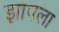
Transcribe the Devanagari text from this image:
झापला